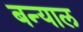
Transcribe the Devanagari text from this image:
बन्‍याल